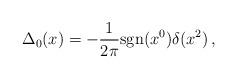
LaTeX: \begin{align*}\displaystyle \Delta_0(x)=-\frac{1}{2 \pi} \mbox{sgn} (x^0) \delta(x^2) \, ,\end{align*}